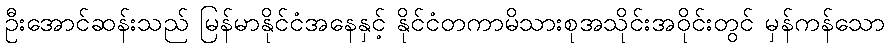
ဦးအောင်ဆန်းသည် မြန်မာနိုင်ငံအနေနှင့် နိုင်ငံတကာမိသားစုအသိုင်းအဝိုင်းတွင် မှန်ကန်သော